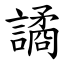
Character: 譎